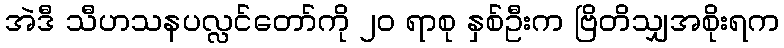
အဲဒီ သီဟသနပလ္လင်တော်ကို ၂၀ ရာစု နှစ်ဦးက ဗြိတိသျှအစိုးရက